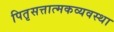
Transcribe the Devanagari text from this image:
पितृसत्तात्मकव्यवस्था